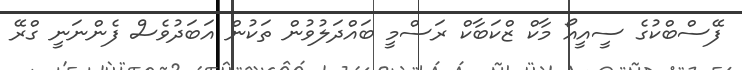
ފޭސްބްކުގެ ސީއީއޯ މާކް ޒްކަބާކް ރަސްމީ ބައްދަލުވުން ތަކުން އަބަދުވެސް ފެންނަނީ ގްރޭ